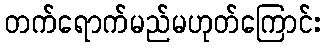
တက်ရောက်မည်မဟုတ်ကြောင်း